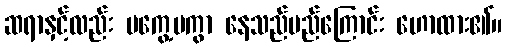
ဆရာနှင့်လည်း မကွေ့မကွာ နေသည်မည်ကြောင်း ဟောထား၏။